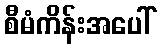
စီမံကိန်းအပေါ်